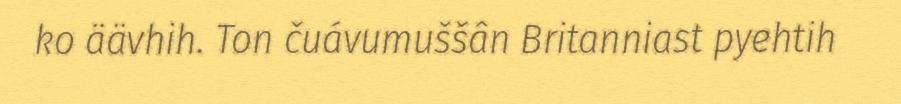
ko äävhih. Ton čuávumuššân Britanniast pyehtih